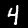
Label: 4